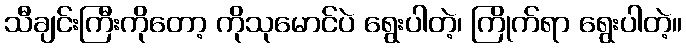
သီချင်းကြီးကိုတော့ ကိုသုမောင်ပဲ ရွေးပါတဲ့၊ ကြိုက်ရာ ရွေးပါတဲ့။